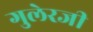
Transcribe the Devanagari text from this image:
गुलेरजी